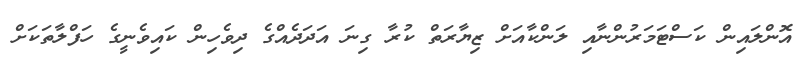
އޮންލައިން ކަސްޓަމަރުންނާއި ލަންކާއަށް ޒިޔާރަތް ކުރާ ގިނަ އަދަދެއްގެ ދިވެހިން ކައިވެނީގެ ހަފްލާތަކަށް